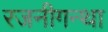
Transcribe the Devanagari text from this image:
रजनीगन्था